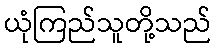
ယုံကြည်သူတို့သည်